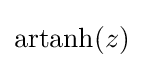
\operatorname {artanh} (z)